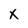
Character: X